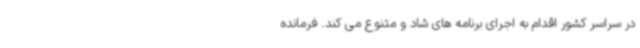
در سراسر کشور اقدام به اجرای برنامه های شاد و متنوع می کند. فرمانده